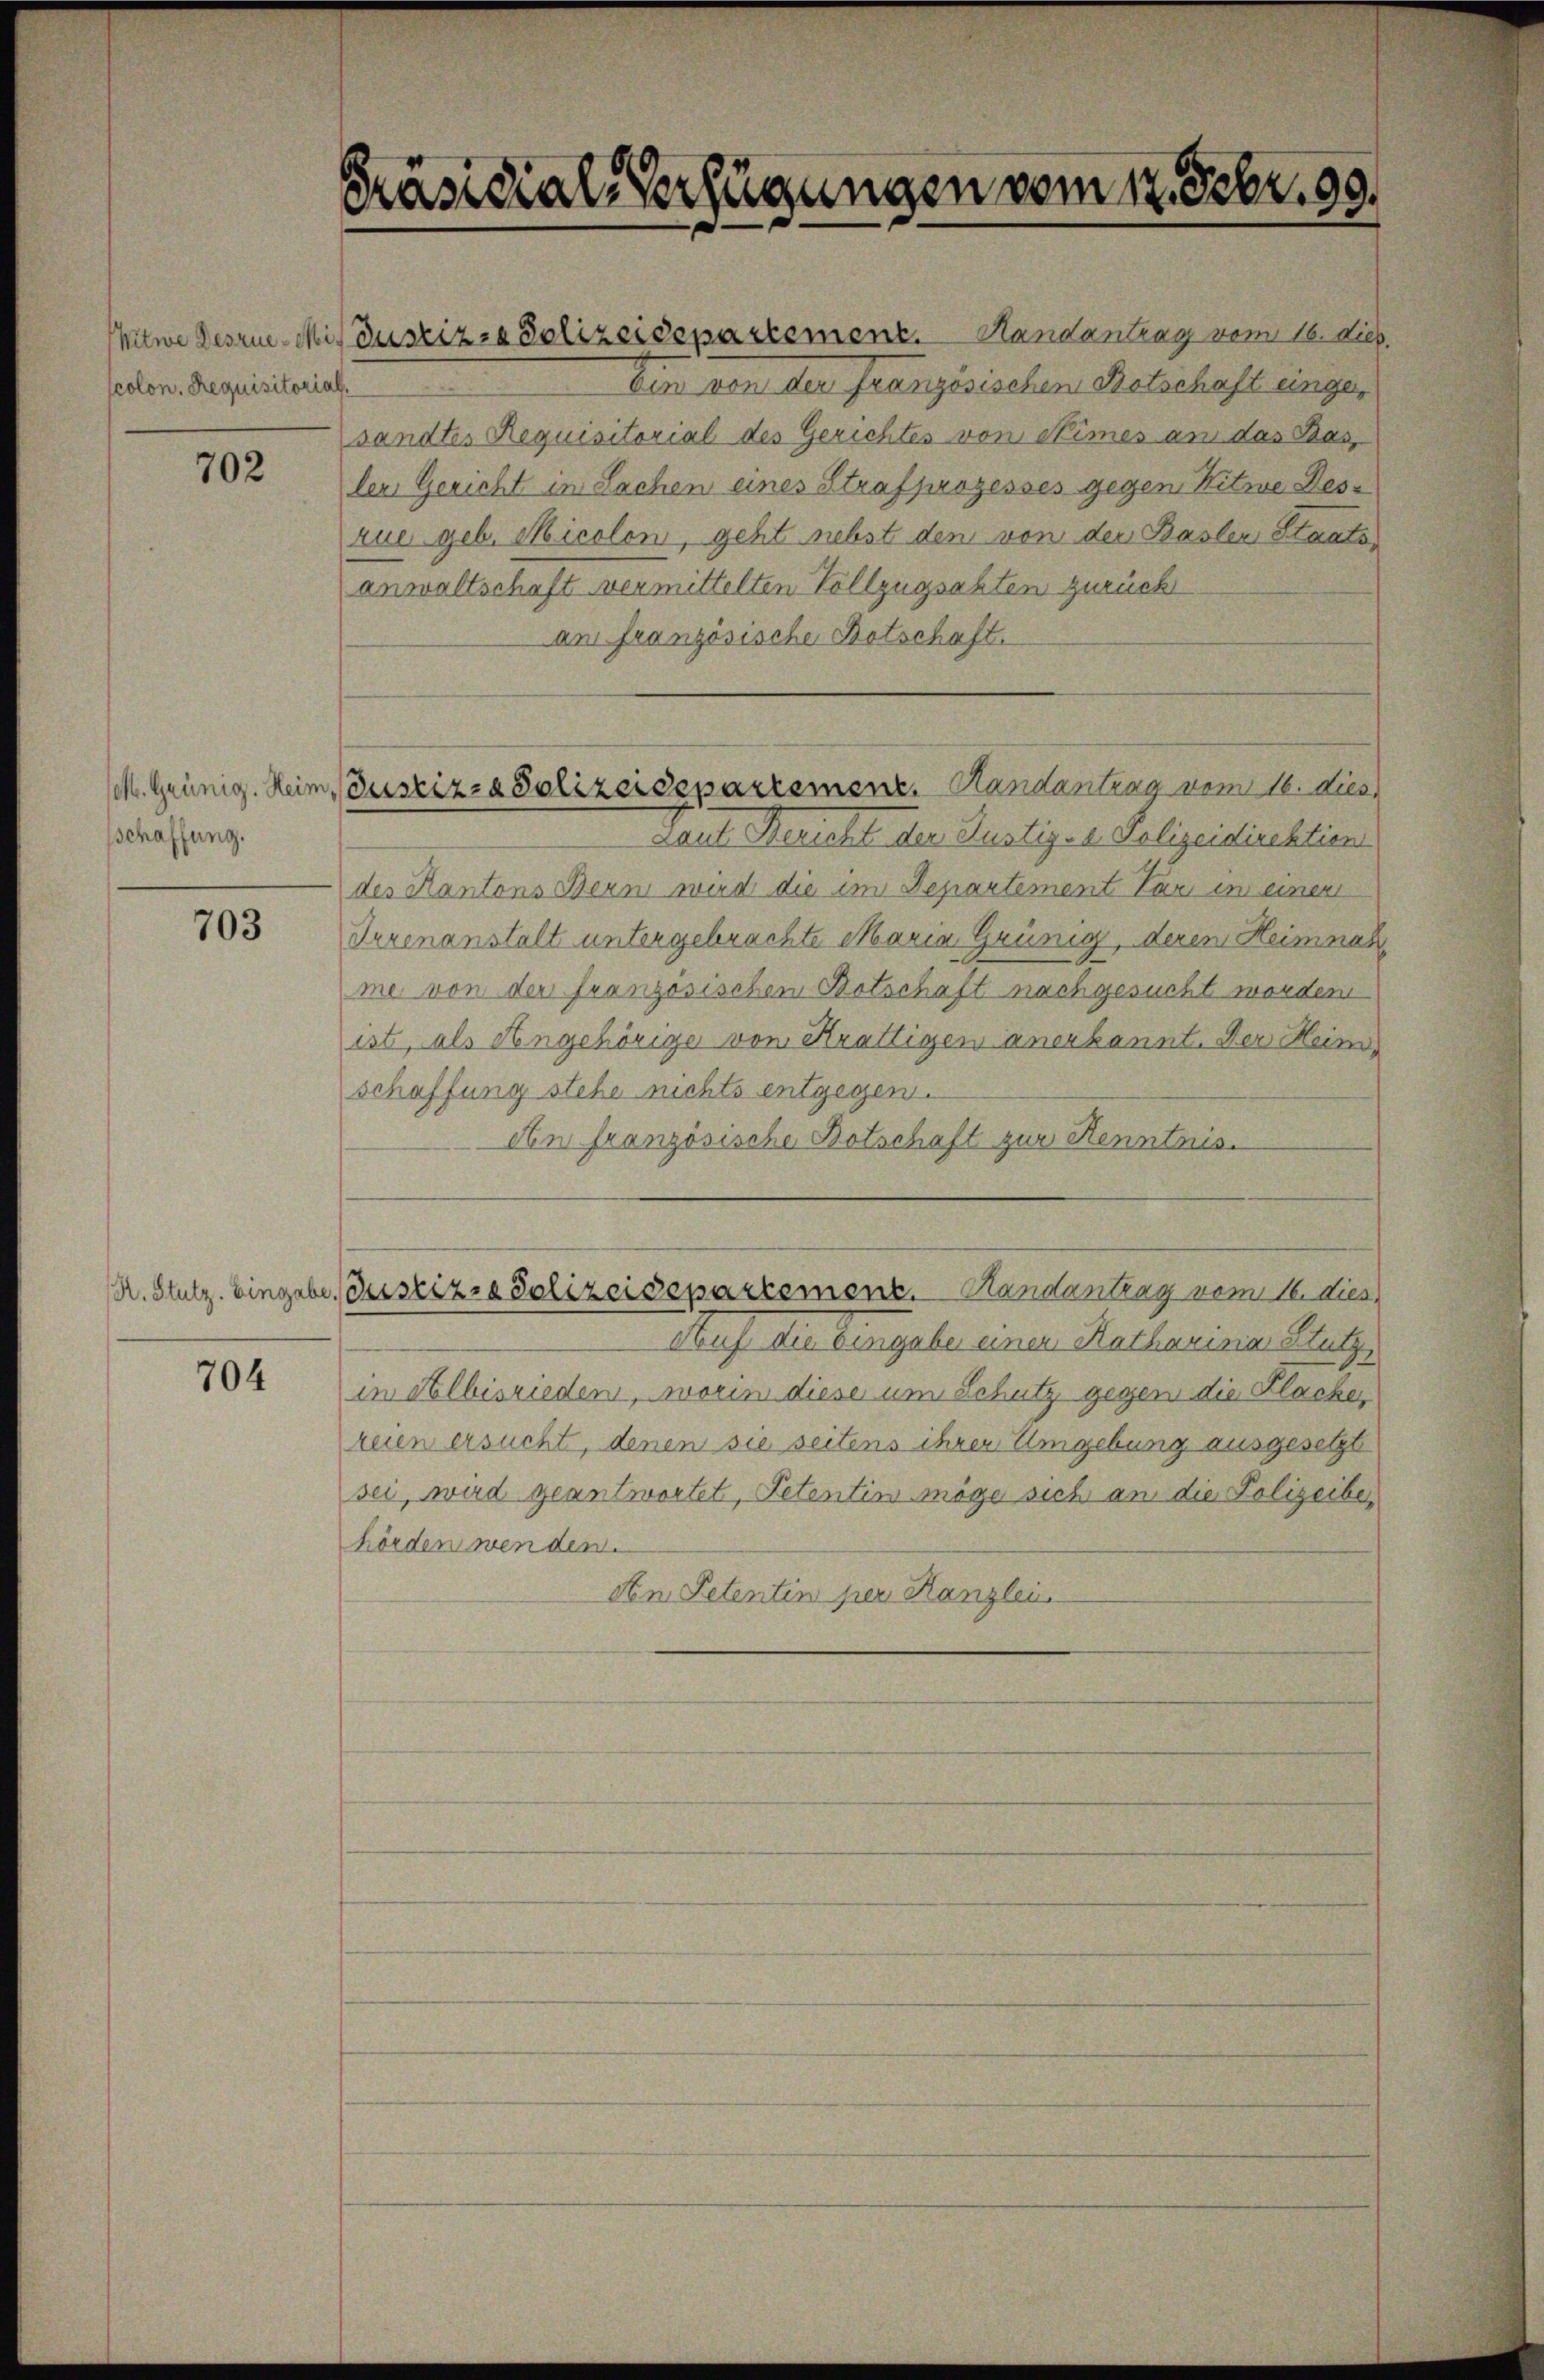
colon. Requisitorial

702

/o. Grünig. Heim
sschaffung.

703

704

Präsidial-Verfügungen vom 17. Febr. 99.

Justiz- & Polizeidepartement. Handantrag vom 16. dies

Witwe Desrue-Mis Justiz- & Polizeidepartement. Handantrag vom 16. dieß.
Ein von der Französischen Ratschaft eingesandtes Requisitorial des Gerichtes von Nimes an das Bas
len Gericht in Sachen eines Strafprozesses gegen Kitwe Desrue geb. Micolon, geht nebst den von der Baslen Staatsanwaltschaft vermittelten Vollzügsakten zurück
am französische Botschaft.
Laut Bericht der Justiz- u. Polizeidirektion
des Kantons Bern wird die im Departement Par in einen
Serenanstalt untergebrachte Maria Grünig, deren Heimnat
me von der französischen Botschaft nachgesucht worden
ist, als Angehörige von Krättigen anerkannt. Der Heind
schaffung stehe nichts entgegen.
An französische Botschaft zur Kenntnis.
R. Stutz. Eingabe. Gustiz- & Polizeidepartement. Handantrag vom 16. dies
Auf die Tiergabe einen Katharina Stutze
in Albisrieden, worin diese um Schutz gegen die Flacher
reien ersucht, denen sie seitens ihrer Umgebung ausgesetzt
sei, wird geantwortet, Petentin möge sich an die Polizeiber
hörden wenden.
An Petentin per Kanzlei